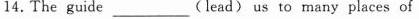
14.The guide ___(lead) us to many places of